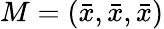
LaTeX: M=\left({\bar{x}},{\bar{x}},{\bar{x}}\right)